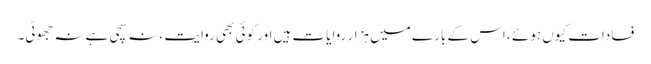
فسادات کیوں ہوئے ، اس کے بارے میں ہزار روایات ہیں اور کوئی بھی روایت ، نہ سچی ہے نہ جھوٹی۔